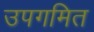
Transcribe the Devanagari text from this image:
उपगमित